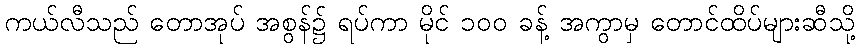
ကယ်လီသည် တောအုပ် အစွန်၌ ရပ်ကာ မိုင် ၁၀၀ ခန့် အကွာမှ တောင်ထိပ်များဆီသို့